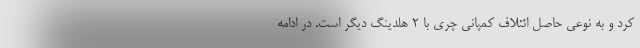
کرد و به نوعی حاصل ائئلاف کمپانی چری با 2 هلدینگ دیگر است. در ادامه